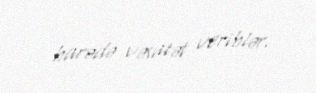
barədə vəsatət veriblər.